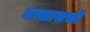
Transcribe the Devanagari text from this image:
मन्सासची